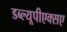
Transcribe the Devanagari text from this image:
डब्ल्यूपीएक्सए